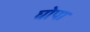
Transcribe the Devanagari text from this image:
घोपा